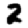
Digit: 2